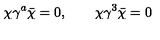
\chi \gamma ^ { a } \bar { \chi } = 0 , \qquad \chi \gamma ^ { 3 } \bar { \chi } = 0